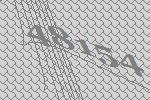
48154